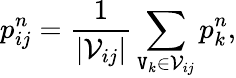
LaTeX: p_{ij}^{n}=\frac{1}{|\mathcal{V}_{ij}|}\sum_{\mathtt{V}_{k}\in\mathcal{V}_{ij}}^{}p_{k}^{n},